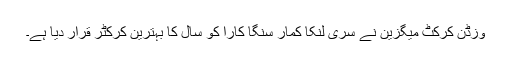
وزڈن کرکٹ میگزین نے سری لنکا کمار سنگا کارا کو سال کا بہترین کرکٹر قرار دیا ہے۔